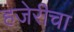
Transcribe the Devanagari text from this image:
हजेरीचा